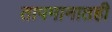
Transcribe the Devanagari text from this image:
तापमानातही